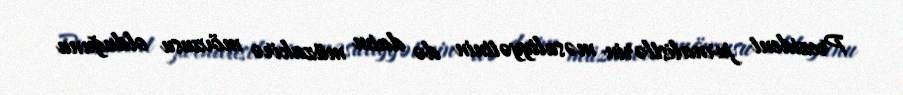
Prezident jurnalistlərin məsuliyyətinin də daim müzakirə mövzusu olduğunu